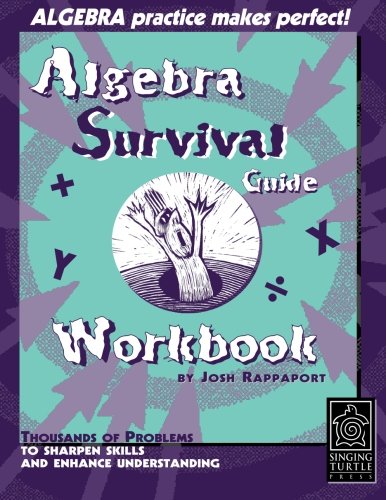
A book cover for Algebra Survival Guide Workbook: Thousands of Problems To Sharpen Skills and Enhance Understanding; Josh Rappaport; Education & Teaching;